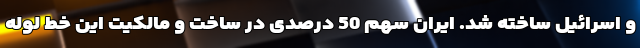
و اسرائیل ساخته شد. ایران سهم 50 درصدی در ساخت و مالکیت این خط لوله